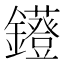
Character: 𨯷